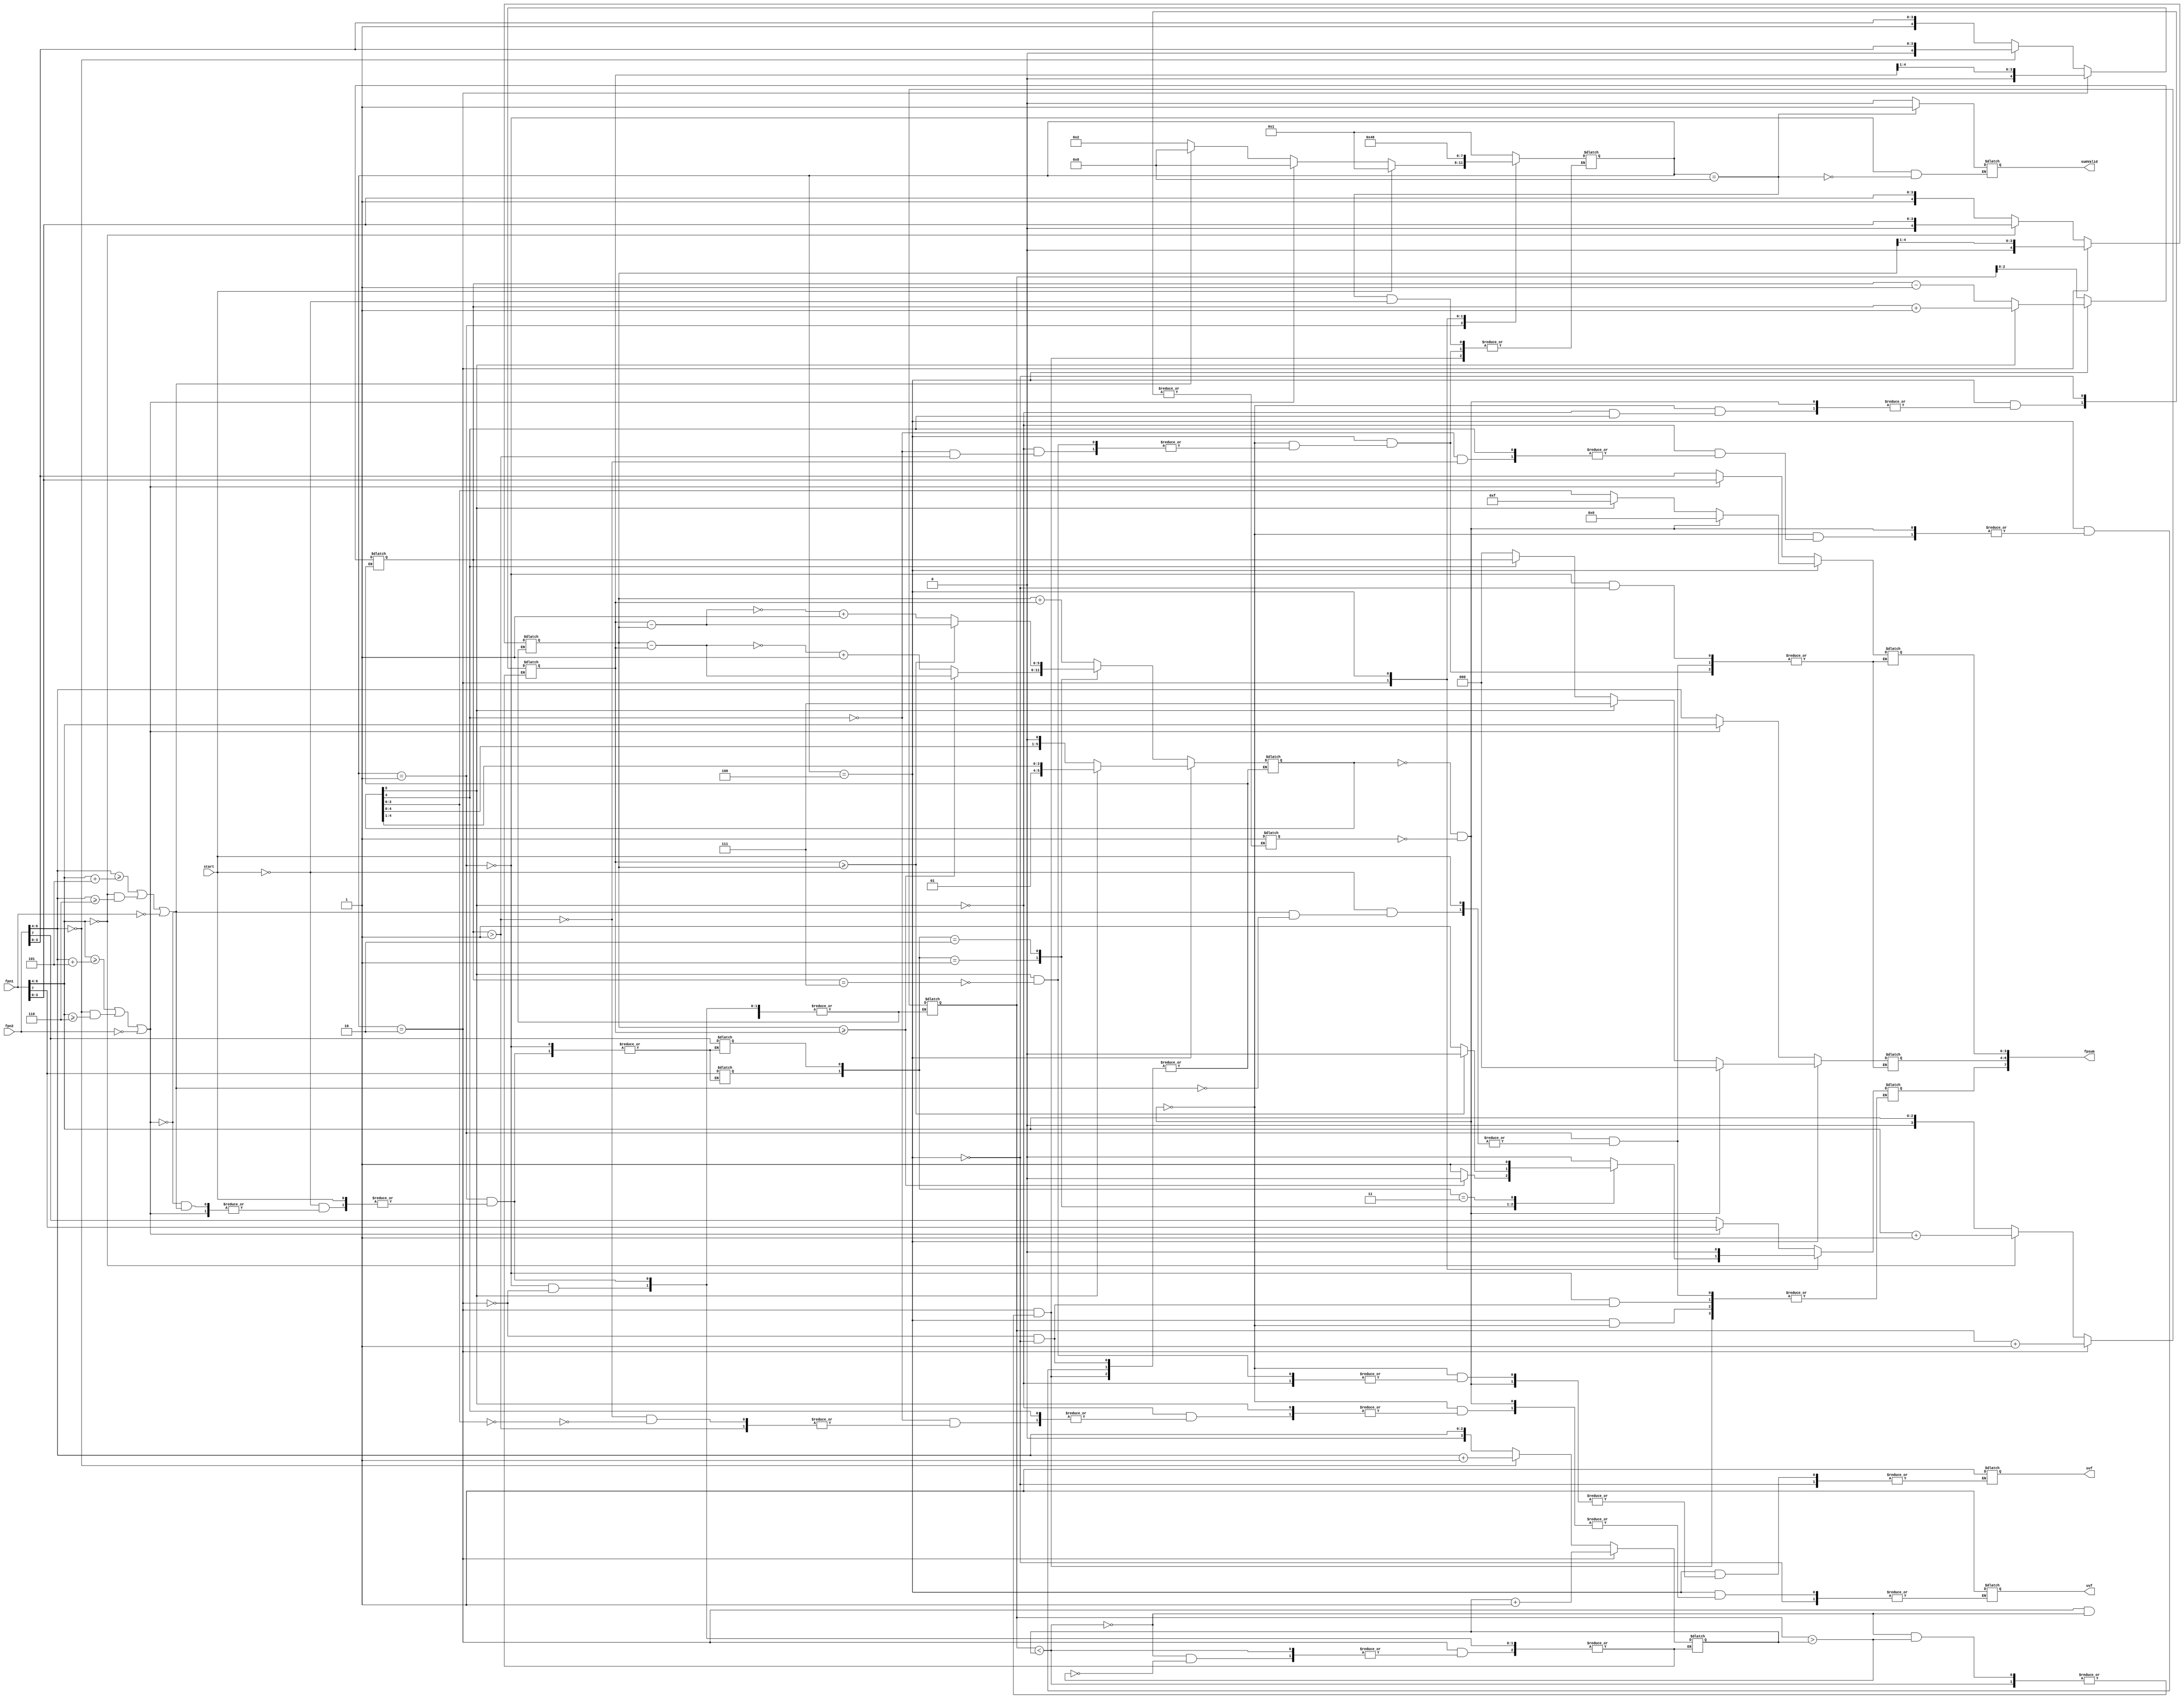
module EightBitFAdder(
	input [7:0] fpn1,
	input [7:0] fpn2,
	input start,
	output reg ovf = 0,
	output reg uvf = 0,
	output reg sumValid = 0,
	output reg [7:0] fpsum = 0);
	
	reg fpn1_sig = 0, fpn2_sig = 0;
	reg [4:0] fpn1_frac = 0, fpn2_frac = 0;
	reg [3:0] fpn1_exp = 0, fpn2_exp = 0;
	reg [5:0] fracSum = 0;
	reg [2:0] expSum = 0;
	reg [3:0] state = 4'b0001;
	reg [1:0] unorm = 0;
	reg zeroCheck = 0;
	
	always@(/*fpn1, fpn2, fracSum, fpn1_exp, fpn2_exp, fpn1_frac, fpn2_frac, fracSum, expSum, fpsum,*/start) begin	
		case(state)
			//load the numbers into a register where they can be altered
			4'b0001: begin
                sumValid = 1'b0;
                
				if(start==0) begin
                    if((fpn1[6:4] >= fpn2[6:4] + 5) || (fpn2[6:4] == 3'b000 && fpn1[6:4] >= 3'b110)|| (fpn2 == 8'h00)) begin
						fpsum <= fpn1;
						state <= 4'b1000;
					end else if((fpn2[6:4] >= fpn1[6:4] + 5) || (fpn1[6:4] == 3'b000 && fpn2[6:4] >= 3'b110) || (fpn1 == 8'h00)) begin
						fpsum <= fpn2;
						state <= 4'b1000;
					end else begin
						fpn1_sig <= fpn1[7];
						fpn1_frac <= fpn1[6:4] == 3'b000 ? {1'b0, fpn1[3:0]} : {1'b1, fpn1[3:0]};
						fpn1_exp <= fpn1[6:4] == 3'b000 ? fpn1[6:4]+1 : fpn1[6:4];
						fpn2_sig <= fpn2[7];
						fpn2_frac <= fpn2[6:4] == 3'b000 ? {1'b0, fpn2[3:0]} : {1'b1, fpn2[3:0]};
						fpn2_exp <= fpn2[6:4] == 3'b000 ? fpn2[6:4]+1 : fpn2[6:4];
						state <= 4'b0010;
					end
				end else
					state <= 4'b0001;
			end
			//start shifting the smaller number to match the larger one
			4'b0010: begin
				if(fpn1_exp < fpn2_exp) begin
					fpn1_frac <= fpn1_frac >> 1;
					fpn1_exp <= fpn1_exp + 1;
					unorm[0] <= 1'b1;
				end else if(fpn1_exp > fpn2_exp) begin
					fpn2_frac <= fpn2_frac >> 1;
					fpn2_exp <= fpn2_exp + 1;
					unorm[1] <= 1'b1;
				end else begin
					expSum <= fpn1_exp;
					
					case({fpn1_sig, fpn2_sig})
						2'b00: begin
							fracSum <= fpn1_frac + fpn2_frac;
							fpsum[7] <= 1'b0;
						end
						2'b01: begin
							if(fpn1_frac >= fpn2_frac) begin
								fracSum <= fpn1_frac - fpn2_frac;
								fpsum[7] <= 1'b0;
							end else begin
								fracSum <= ~(fpn1_frac - fpn2_frac) + 1;
								fpsum[7] <= 1'b1;
							end
						end
						2'b10: begin 
							if(fpn2_frac >= fpn1_frac) begin
								fracSum <= fpn2_frac - fpn1_frac;
								fpsum[7] <= 1'b0;
							end else begin
								fracSum <= ~(fpn2_frac - fpn1_frac) + 1;
								fpsum[7] <= 1'b1;
							end
						end
						2'b11: begin
							fracSum <= fpn1_frac + fpn2_frac;
							fpsum[7] <= 1'b1;
						end
					endcase
					
					state <= 4'b0100;
				end
			end
			
			4'b0100: begin
				//is the fraction 0?
				if(fracSum == 0 && zeroCheck == 0) begin
					fpsum <= 0;
					state <= 4'b1000;
				end
				//has the fraction overflowed?
				else if(fracSum[5] != 0) begin
					zeroCheck <= 1;
					
					fracSum <= fracSum >> 1;
					
					if(expSum == 3'b111) begin
						ovf <= 1;
						fpsum[6:0] <= 7'hFF;
						state <= 4'b1000;
					end
					
					expSum <= expSum + 1;
				end
				//is the fraction normalized?
				else if(fracSum[4] != 1) begin
					zeroCheck <= 1;
					
					if(expSum > 3'b001) begin
						fracSum <= fracSum << 1;
						expSum <= expSum - 1;
					end else begin
						//the sum is in the denormalized range or underflowed
						fpsum[6:4] <= 3'b000;
						fpsum[3:0] <= fracSum[3:0];
						state <= 4'b1000;
						//if the fraction is zero, then there is underflow
						if(fracSum[3:0] == 4'b0000)
							uvf <= 1;
					end
				end
				//the fraction has been normalized, and fraction overflow has been taken care of
				else begin
					fpsum[6:4] <= expSum;
					fpsum[3:0] <= fracSum[3:0];
					
					state <= 4'b1000;
				end
				
				
			end
			
			4'b1000: begin
                sumValid <= 1'b1;
                if(start)
                    state <= 4'b0001;
			end
			
			default: begin
				state <= 4'b0001;
			end
		endcase
	end

endmodule